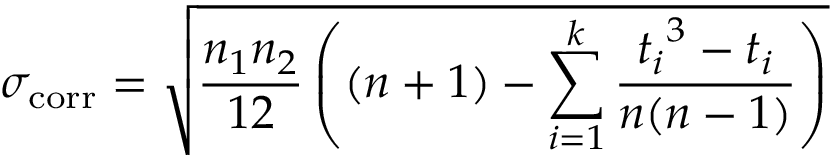
\sigma _ { \mathrm { c o r r } } = { \sqrt { { \frac { n _ { 1 } n _ { 2 } } { 1 2 } } \left( ( n + 1 ) - \sum _ { i = 1 } ^ { k } { \frac { { t _ { i } } ^ { 3 } - t _ { i } } { n ( n - 1 ) } } \right) } }